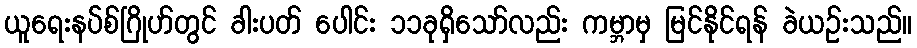
ယူရေးနပ်စ်ဂြိုဟ်တွင် ခါးပတ် ပေါင်း ၁၁ခုရှိသော်လည်း ကမ္ဘာမှ မြင်နိုင်ရန် ခဲယဉ်းသည်။